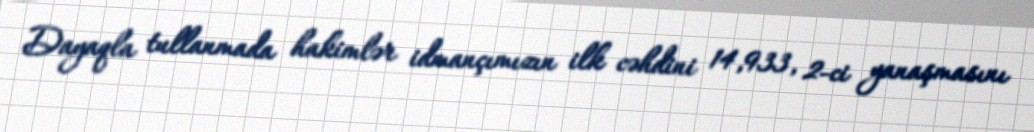
Dayaqla tullanmada hakimlər idmançımızın ilk cəhdini 14,933, 2-ci yanaşmasını